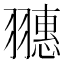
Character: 𦒎